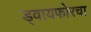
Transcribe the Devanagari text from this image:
ड्वायफोरचा